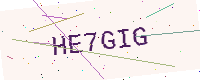
Text: HE7GIG